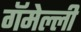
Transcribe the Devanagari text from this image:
गॅमेल्ली